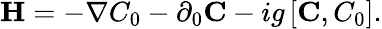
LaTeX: {\mathbf H}=-\nabla C_{0}-\partial_{0}{\mathbf C}-ig\left[{\mathbf C},C_{0}\right].